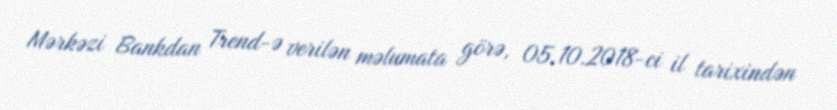
Mərkəzi Bankdan Trend-ə verilən məlumata görə, 05.10.2018-ci il tarixindən